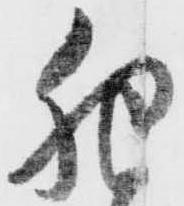
肥